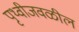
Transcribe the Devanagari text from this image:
पृथ्वीजवळील